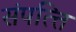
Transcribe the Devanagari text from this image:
संपत्‍ति